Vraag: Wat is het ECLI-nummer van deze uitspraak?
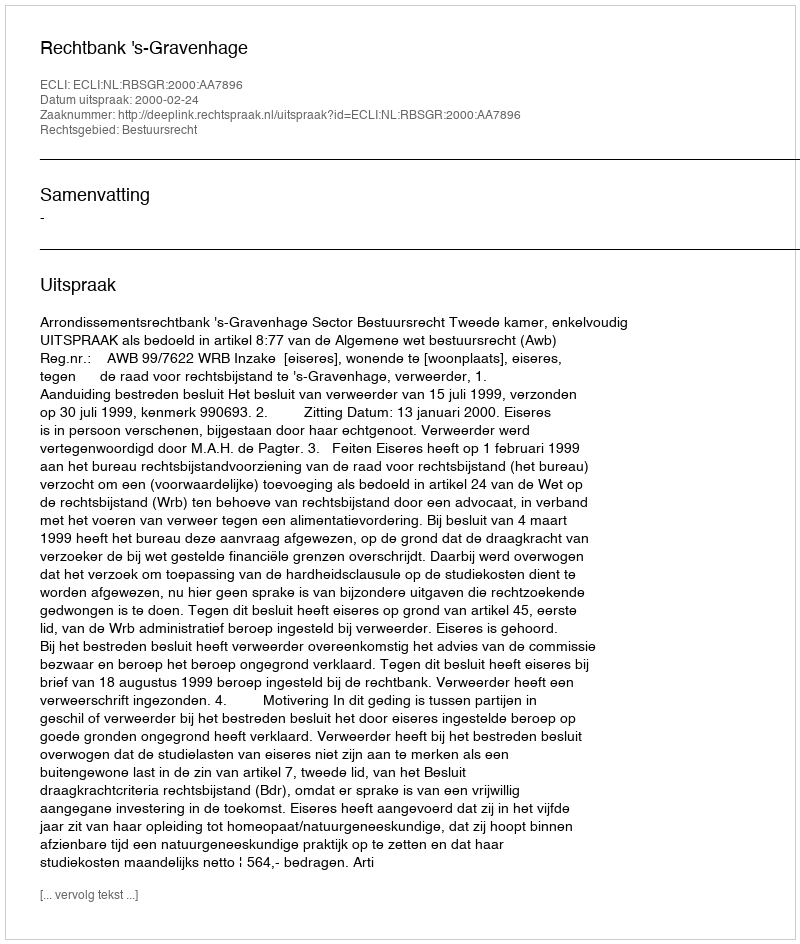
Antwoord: ECLI:NL:RBSGR:2000:AA7896